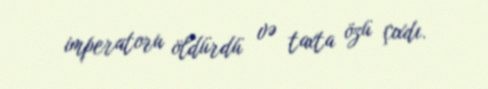
imperatoru öldürdü və taxta özü çıxdı.